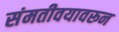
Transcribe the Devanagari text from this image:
संमतीवयावरून